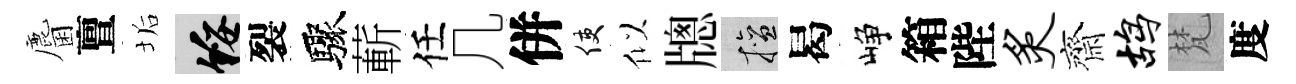
麕亶垢綏裂驟蔪任几併使似牕擅曷峥箱陛炙齋鸪梵度